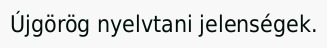
Újgörög nyelvtani jelenségek.